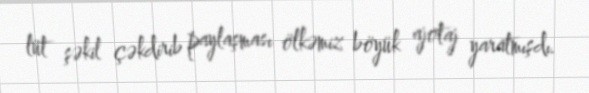
lüt şəkil çəkdirib paylaşması ölkəmiz böyük ajotaj yaratmışdı.